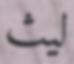
ليث